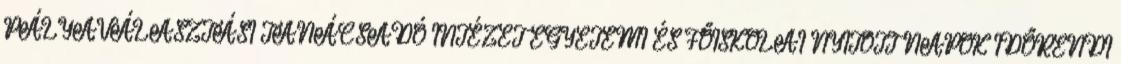
PÁLYAVÁLASZTÁSI TANÁCSADÓ INTÉZET EGYETEMI ÉS FŐISKOLAI NYITOTT NAPOK IDŐRENDI